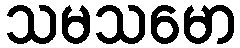
သမသမော